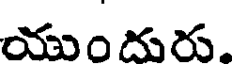
యుందురు.